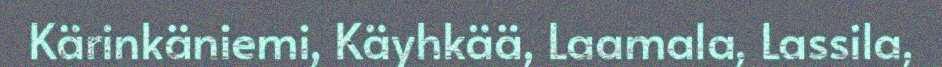
Kärinkäniemi, Käyhkää, Laamala, Lassila,